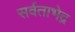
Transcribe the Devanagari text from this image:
सर्वताभेद्र